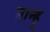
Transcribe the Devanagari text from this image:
नान्हु